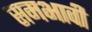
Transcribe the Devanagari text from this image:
समभावी